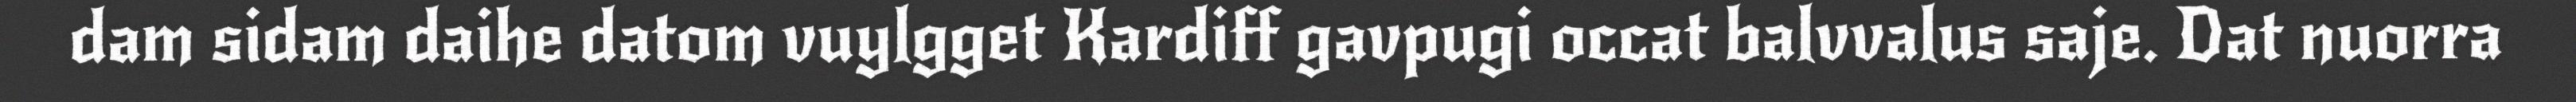
dam sidam daihe datom vuylgget Kardiff gavpugi occat balvvalus saje. Dat nuorra